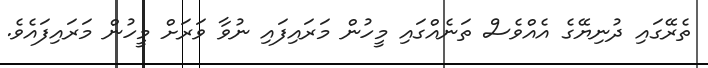
ތެރޭގައި ދުނިޔޭގެ އެއްވެސް ތަނެއްގައި މީހުން މަރައިފައި ނުވާ ވަރަށް މީހުން މަރައިފައެވެ.